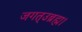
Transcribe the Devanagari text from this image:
जगत्उब्रह्म।